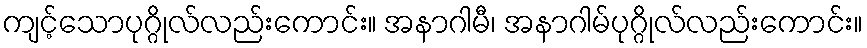
ကျင့်သောပုဂ္ဂိုလ်လည်းကောင်း။ အနာဂါမီ၊ အနာဂါမ်ပုဂ္ဂိုလ်လည်းကောင်း။